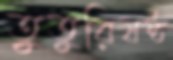
তুতুরিষষ্ঠ